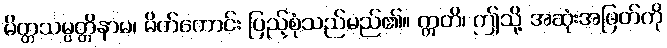
မိတ္တသမ္ပတ္တိနာမ၊ မိတ်ကောင်း ပြည့်စုံသည်မည်၏။ ဣတိ၊ ဤသို့ အဆုံးအဖြတ်ကို